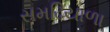
સમઢિયાળા